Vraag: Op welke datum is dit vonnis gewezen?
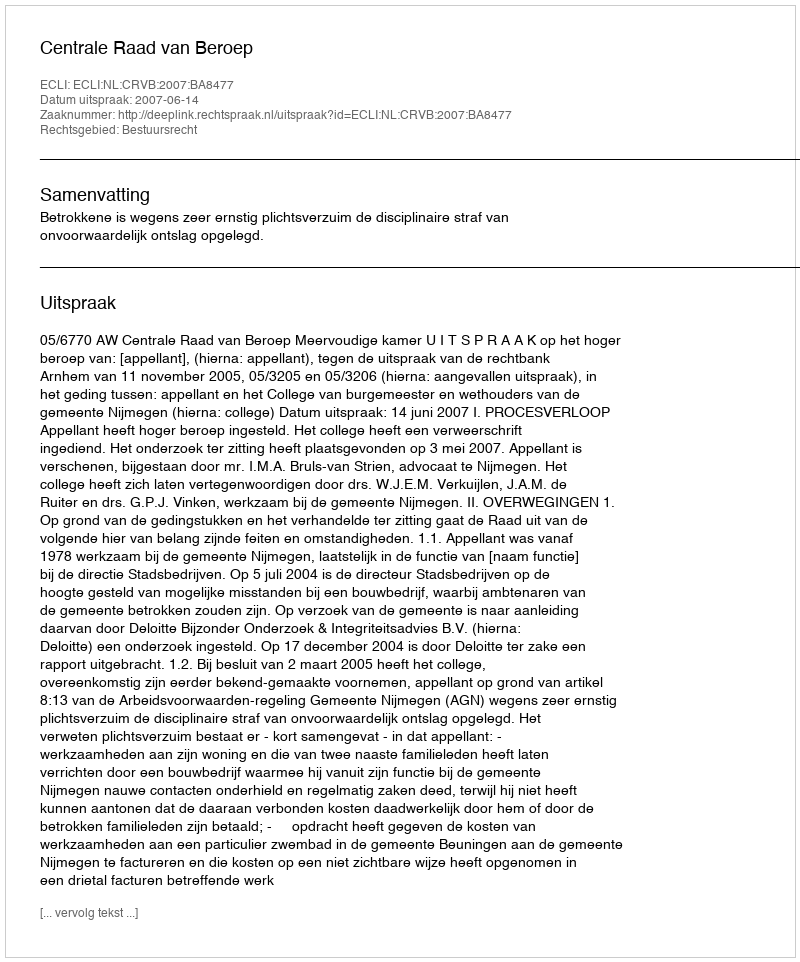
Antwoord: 2007-06-14